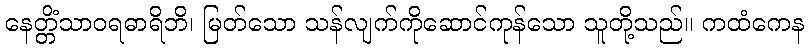
နေတ္တိံသာဝရဓာရိဘိ၊ မြတ်သော သန်လျက်ကိုဆောင်ကုန်သော သူတို့သည်။ ကထံကေန